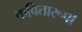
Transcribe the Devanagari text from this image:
कवितारूपी